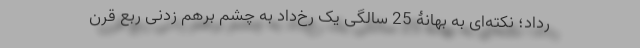
ُرداد؛ نکته‌ای به بهانۀ 25 سالگی یک رُخ‌داد به چشم برهم زدنی ربع قرن